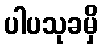
ပါပသုခမှိ